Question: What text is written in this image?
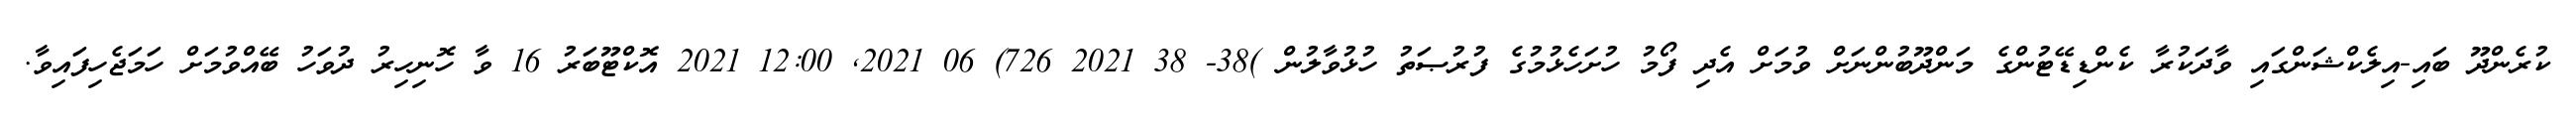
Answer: ކުރެންދޫ ބައި-އިލެކްޝަންގައި ވާދަކުރާ ކެންޑިޑޭޓުންގެ މަންދޫބުންނަށް ވުމަށް އެދި ފޯމު ހުށަހެޅުމުގެ ފުރުޞަތު ހުޅުވާލުން )38- 38 2021 726) 06 2021, 12:00 2021 އޮކްޓޫބަރު 16 ވާ ހޮނިހިރު ދުވަހު ބޭއްވުމަށް ހަމަޖެހިފައިވާ.